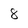
Character: 8